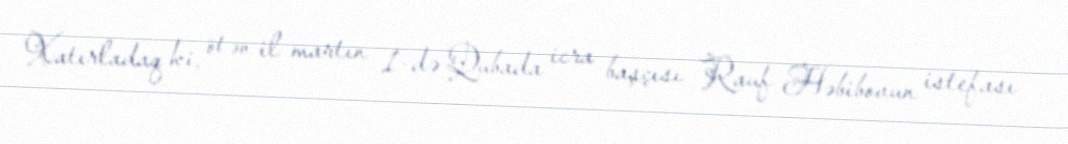
Xatırladaq ki, ötən il martın 1-də Qubada icra başçısı Rauf Həbibovun istefası